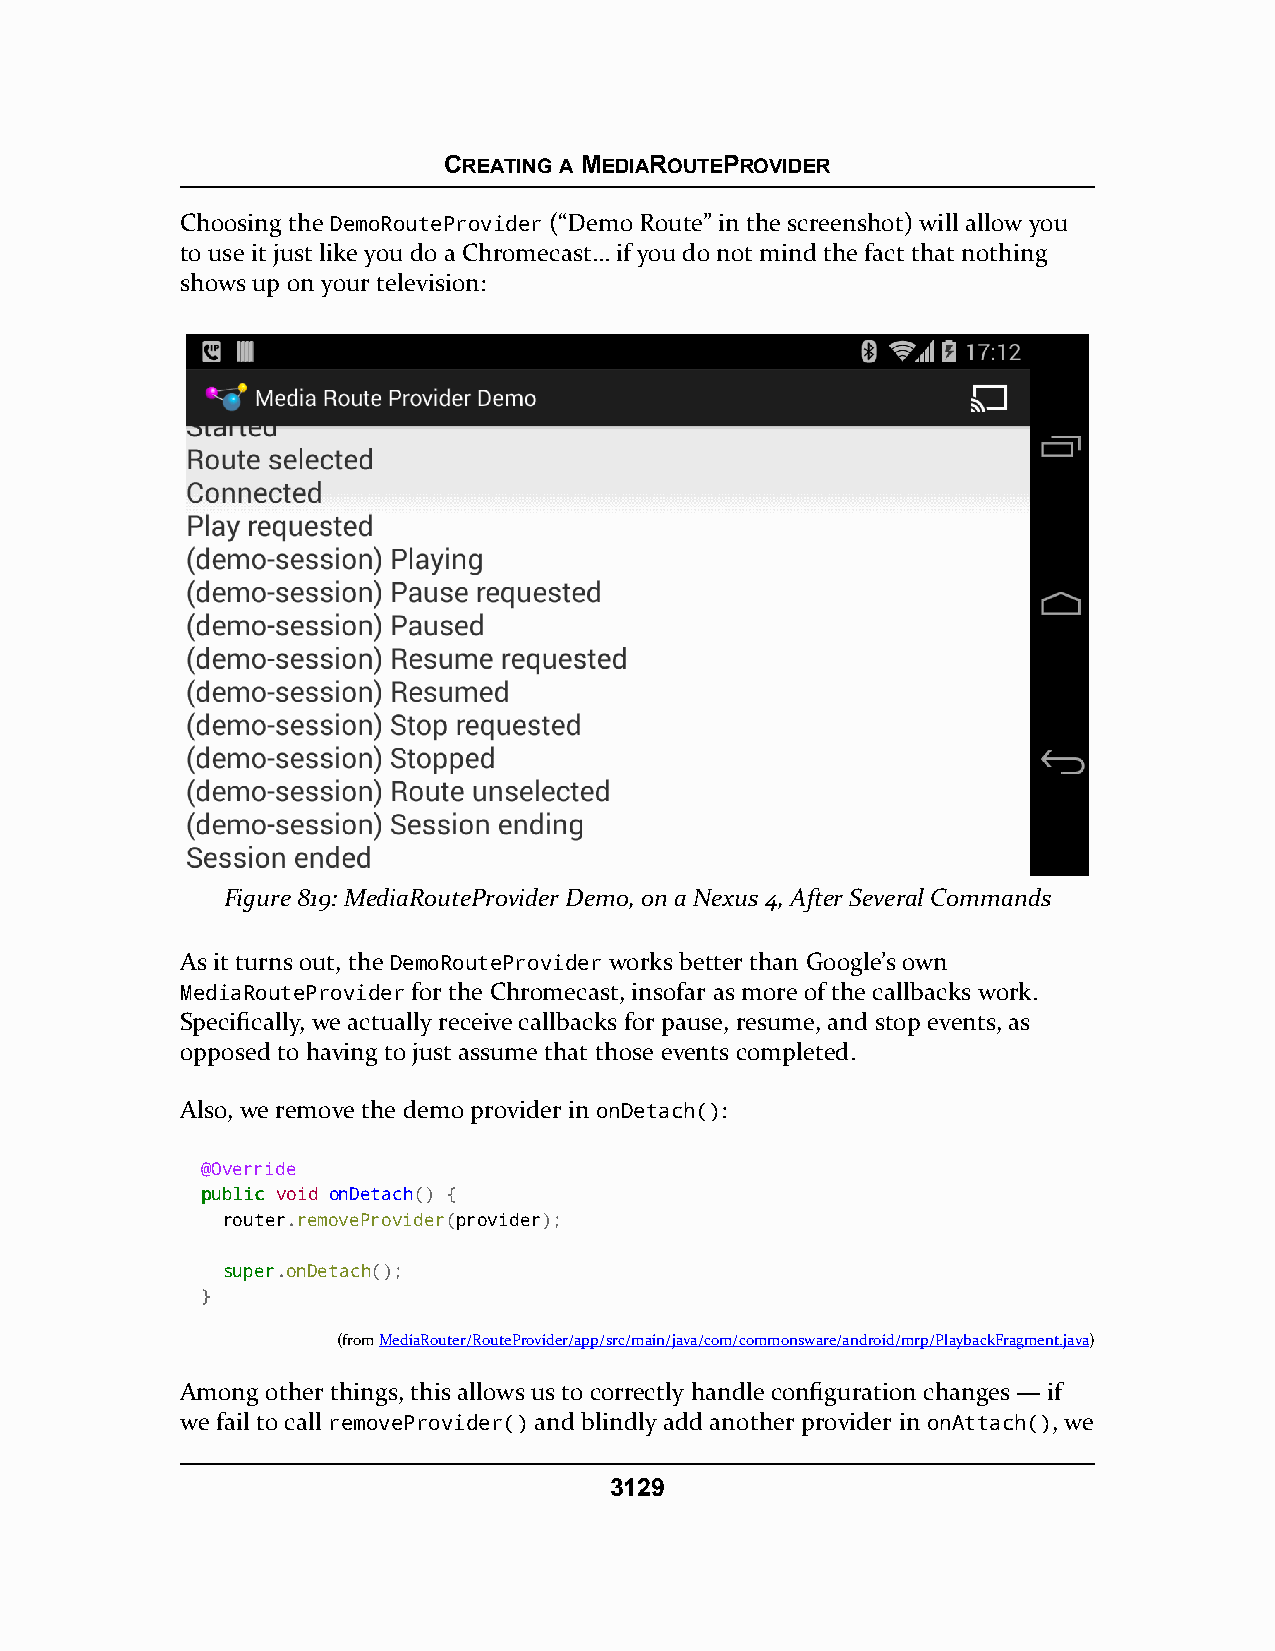
CREATING A MEDIAROUTEPROVIDER
 Choosing the DemoRouteProvider (“Demo Route” in the screenshot) will allow you
 to use it just like you do a Chromecast… if you do not mind the fact that nothing
 shows up on your television:
 Figure 819: MediaRouteProvider Demo, on a Nexus 4, After Several Commands
 As it turns out, the DemoRouteProvider works better than Google’s own
 MediaRouteProvider for the Chromecast, insofar as more of the callbacks work.
 Specifically, we actually receive callbacks for pause, resume, and stop events, as
 opposed to having to just assume that those events completed.
 Also, we remove the demo provider in onDetach():
 @Override
 ppuubblliicc void onDetach() {
 router.removeProvider(provider);
 ssuuppeerr.onDetach();
 }
 (fromMediaRouter/RouteProvider/app/src/main/java/com/commonsware/android/mrp/PlaybackFragment.java)
 Among other things, this allows us to correctly handle configuration changes — if
 we fail to call removeProvider() and blindly add another provider in onAttach(), we
 3129